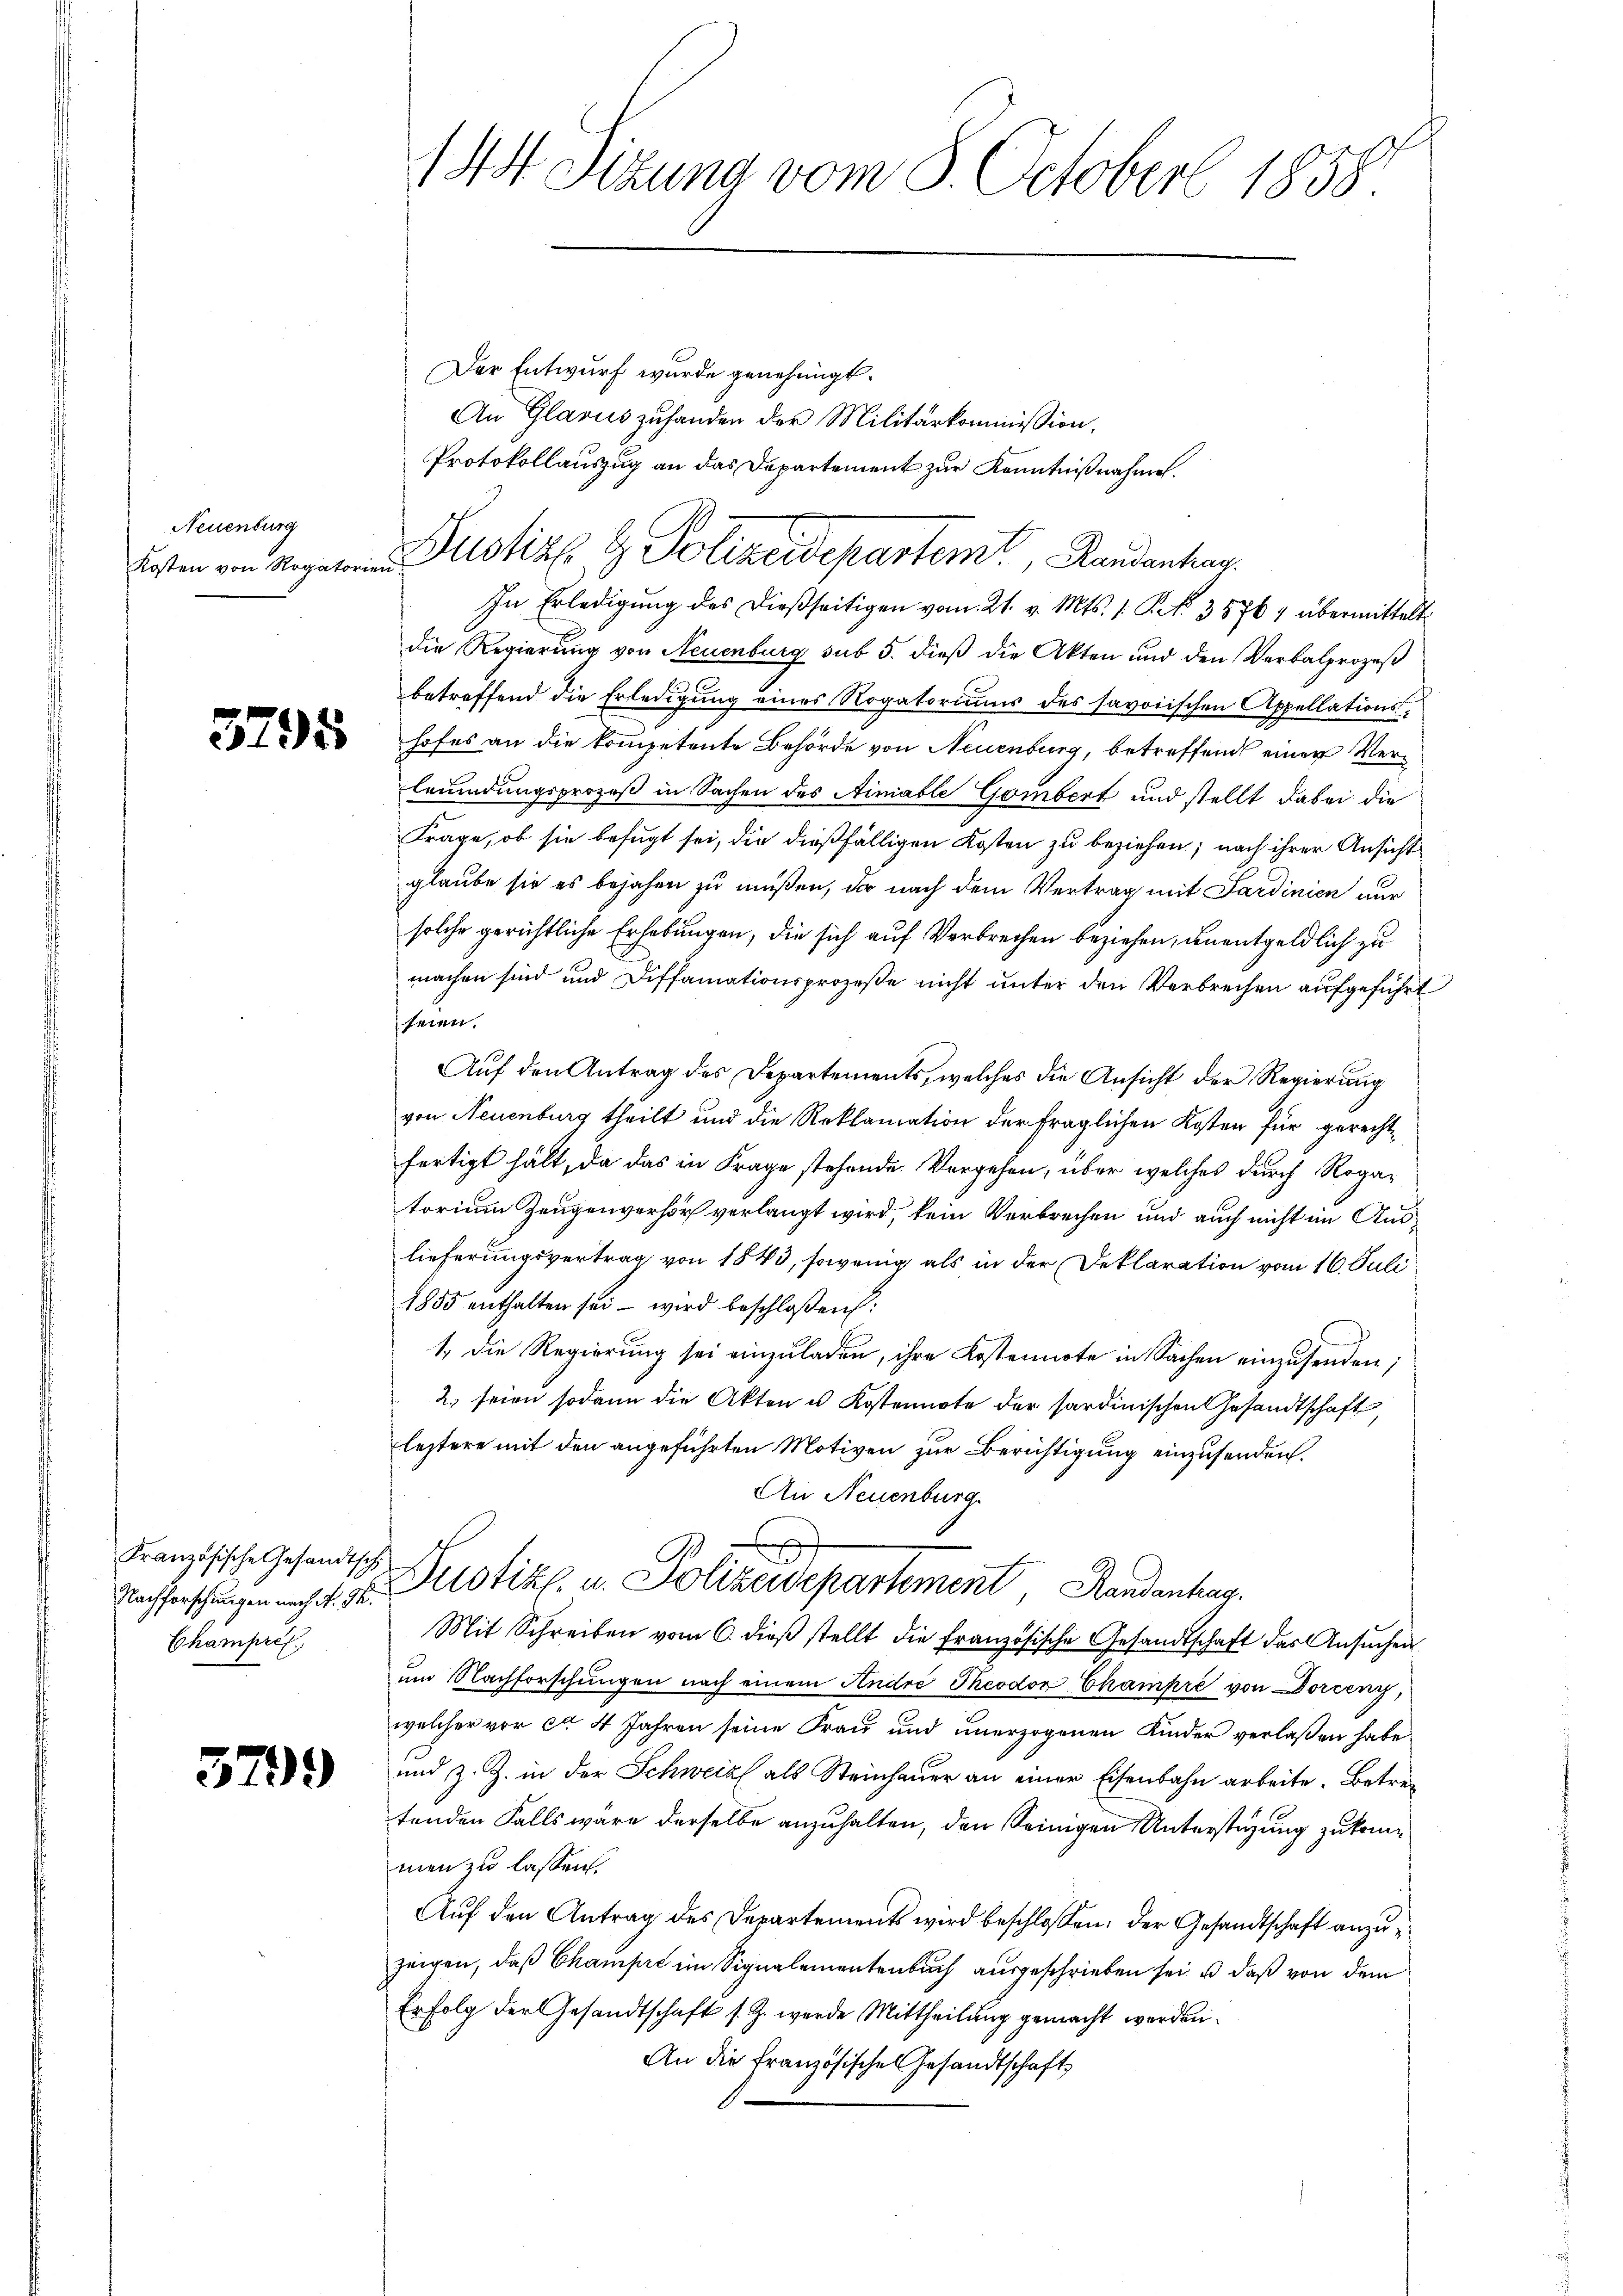
Neuenburg

3295

Französische Gesandtsch
Champris.

3799

1 Art. Sizung vom 8. October 1858.

Der Entwurf wurde genehmigt.
An Glarus zuhanden der Militärkommission.
Protokollauszug an das Departement zur Kenntnißnahmen.

lsten von Rogaten Justiz & Polizeidepartemt, Randanhar

In Erledigung des dießseitigen vom 21. v. Mts. 1. Pct. 35764 übermittelt.
die Regierung von Neuenburg sub 5. dieβ die Akten und den Verbalprozeβ
betreffend die Erledigung eines Rogatoriums des savorischen Appellationshofes an die kompetente Behörde von Neuenburg, betreffend einer Verleumdungsprozeß in Sachen des Aimiable Gombert und stellt dabei die
Frage, ob sie befugt sei, die dießfälligen Kosten zu beziehen; nach ihrer Ansicht
glaube sie es bejahen zu müßen, da nach dem Vertrag mit Sardinien nur
solche gerichtliche Erhebungen, die sich auf Verbrechen beziehen, unentgeldlich zu
machen sind und Diffamationsprozeße nicht unter den Verbrechen aufgeführt
seien.
Aŭf den Antrag des Departements, welches die Ansicht der Regierŭng
von Neuenburg theilt und die Reklamation der fraglichen Kosten für gerechtfertigt hält, da das in Frage stehende Vorgehen, über welches durch Rogatorium Zeugenverhör verlangt wird, kein Verbrechen und auch nicht im Auslieferungsvertrag von 1843, sowenig als in der Deklaration vom 16. Juli
1855 enthalten sei – wird beschloßen:
1. Die Regierung sei einzuladen, ihre Kostennote in Sachen einzusenden;
2) seien sodann die Akten u Kostennote der sardinischen Gesandtschaft,
leztere mit den angeführten Motiven zur Berichtigung einzusenden.
An Neuenburg.
S
.
Nachforschungen auch d. d. Potiz u. Polizeisepartement, Handenhag
Mit Schreiben vom 6. dieβ stellt die Französische Gesandtschaft das Ansuchen
um Nachforschungen nach einem Andre Theodor Champre von Dorceny,
welcher vor ca 4 Jahren seine Frau und unerzogenen Kinder verlaßen habe,
und z. Z. in der Schweiz als Steinhauer an einer Eisenbahn arbeite. Betretenden Falls wäre derselbe anzuhalten, den Seinigen Unterstützung zukommen zu lassen.
Auf den Antrag des Departements wird beschlossen: der Gesandtschaft anzuzeigen, daß Champre im Signalementenbuch ausgeschrieben sei, u. daß von dem
Erfolg der Gesandtschaft s. Z. werde Mittheilung gemacht werden.
An die französisches Gesandtschaft